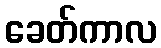
ခေတ်ကာလ